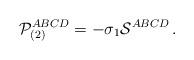
LaTeX: \begin{align*}{\cal P}_{(2)}^{ABCD} = -\sigma_1{\cal S}^{ABCD}\,.\end{align*}